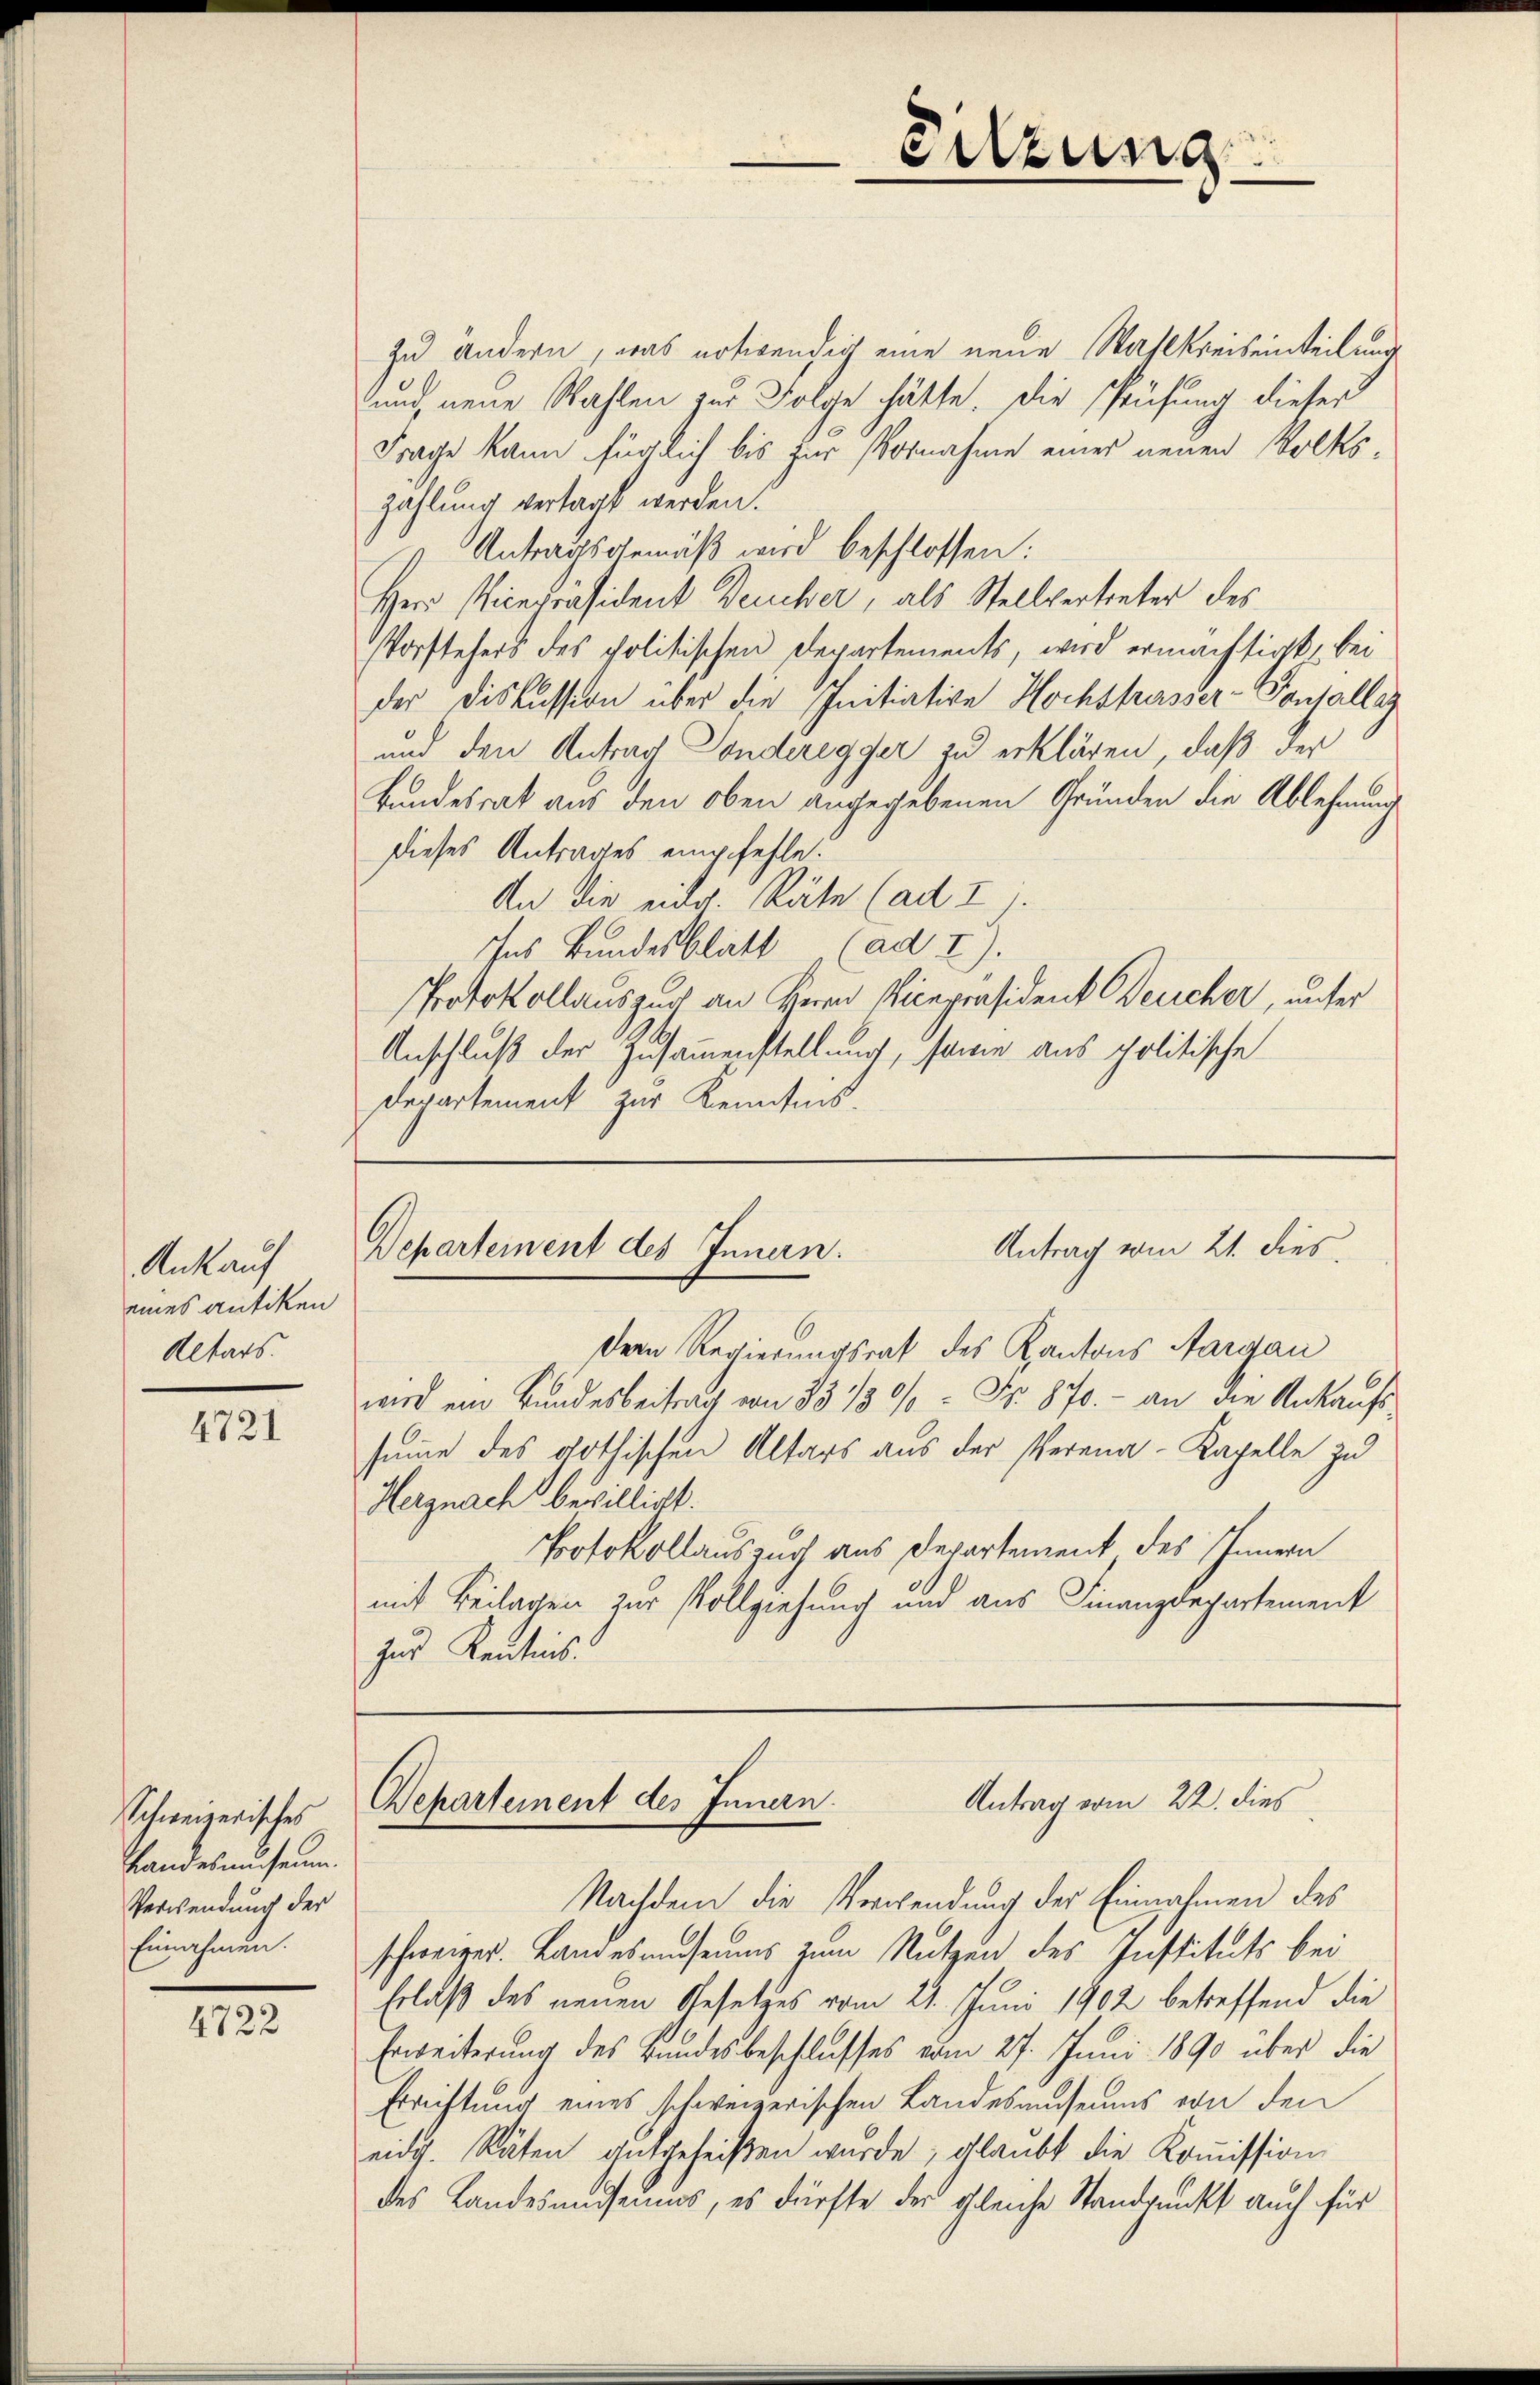
Ankauf
eines antiken
Altars.

4721

Schweizerisches
Handesmuseum.
Verwendung der
Einnahmen.

4722

Sitzung

zu ändern, was notwendig eine neue Wahlkreiseinteilung
und neue Wahlen zur Folge hätte. Die Prüfung dieses
Frage kann füglich bis für Vornahme eines neuen Volkszahlung vertagt werden.
Antragsgemäß wird beschlossen:
Herr Vicepräsident Deucher, als Stellvertreter des
Vorstehers des politischen Departements, wird ermächtigt, bei
der Diskussion über die Initiative Hochskasser-Vonsallag
und den Antrag Sonderegger zu erklären, daß der
Bundesrat aus den oben angegebenen Gründen die Ablehnung
dieses Antrages empfehle.
An die eidg. Räte (ad I).
Ins Bundesblatt (ad I).
Protokollauszug an Herrn Vicepräsident Deucher, unter
Anschluß der Zusammenstellung, same aus politische
Departement zur Kenntnis.

Antrag vom 21. dies
Departement des Innen.

Der Regierungsrat des Kantons Aargau
wird ein Bundesbeitrag von 33 1/3 % = Nr. 870. - an die Ankaufs
summe des gothischen Altars aus der Verena-Kapelle zu
Herznach bewilligt.
Protokollauszug aus Departement des Innern
mit Beilagen zur Vollziehung und aus Finanzdepartement
zur Kenntnis.

Antrag vom 22. dies
Departement des Innern.

Nachdem die Verwendung der Einnahmen des
schweizer. Landesmuseums zum Nutzen des Instituts bei
Erlaß des neuen Gesetzes vom 21. Juni 1902 betreffend die
Erweiterung des Bundesbeschlusses vom 27. Juni 1890 über die
Erreiftung eines schweizerischen Landesausers von den
eidg. Räten gutgeheißen wurde, glaubt die Kommission
des Landesmuseums, es dürfte der gleiche Standpunkt auch für